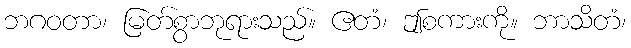
ဘဂဝတာ၊ မြတ်စွာဘုရားသည်။ ဧတံ၊ ဤစကားကို။ ဘာသိတံ၊